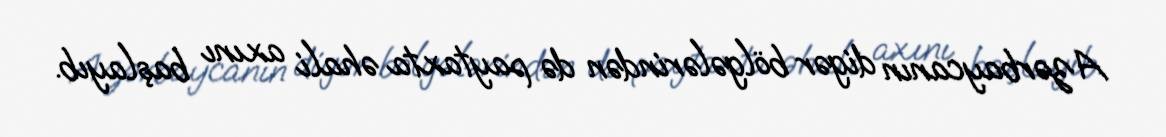
Azərbaycanın digər bölgələrindən də paytaxta əhali axını başlayıb.